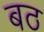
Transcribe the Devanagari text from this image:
बठ